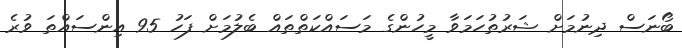
ބޯނަސް ދިނުމަށް ޝަރުތުހަމަވާ މީހުންގެ މަސައްކަތްތައް ބެލުމަށް ފަހު 95 އިންސައްތަ ވުރެ